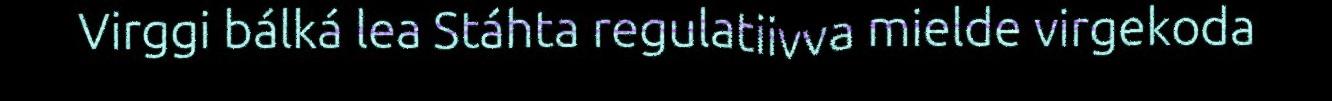
Virggi bálká lea Stáhta regulatiivva mielde virgekoda